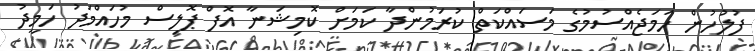
ފުލުހުން ހަމަޖެއްސުމުގެ މަސައްކަތް ކުރަމުންދާ ކަމަށް ކޮމިޝަނާ އޮފް ޕޮލިސް މުހައްމަދު ހަމީދު